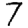
Digit: 7